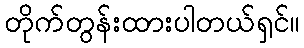
တိုက်တွန်းထားပါတယ်ရှင်။